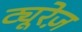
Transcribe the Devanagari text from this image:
ट्यूरेज़